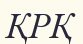
ҚРҚ